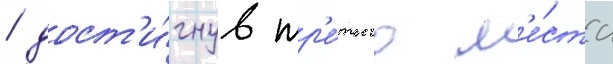
/ дост'и́гнув тр'е́тьего м'е́ста